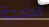
الجامحة